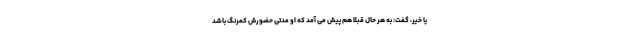
یا خیر، گفت: به هر حال قبلا هم پیش می آمد که او مدتی حضورش کمرنگ باشد